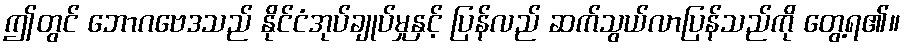
ဤတွင် ဘောဂဗေဒသည် နိုင်ငံအုပ်ချုပ်မှုနှင့် ပြန်လည် ဆက်သွယ်လာပြန်သည်ကို တွေ့ရ၏။